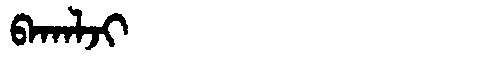
Manchu: ᠪᠠᡴᠠᠯᠵᡳ
Romanization: BAKALJI